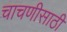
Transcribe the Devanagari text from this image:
चाचणीसाठी